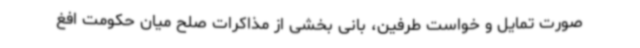
صورت تمایل و خواست طرفین، بانی بخشی از مذاکرات صلح میان حکومت افغ